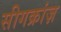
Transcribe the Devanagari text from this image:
सीगक्रांज़